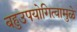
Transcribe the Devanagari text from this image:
बहुउपयोगित्वामुळे